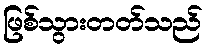
ဖြစ်သွားတတ်သည်